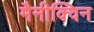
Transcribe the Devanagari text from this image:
मैनीक्विन